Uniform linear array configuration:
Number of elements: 48
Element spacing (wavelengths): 0.25
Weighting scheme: hamming
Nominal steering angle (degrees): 30
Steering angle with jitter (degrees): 30.599
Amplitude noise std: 0.05
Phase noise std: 0.05

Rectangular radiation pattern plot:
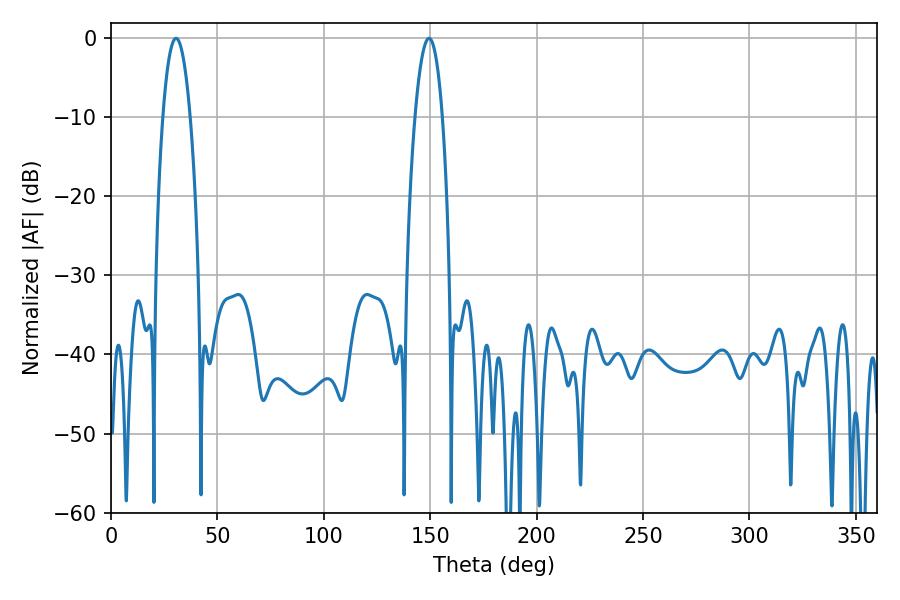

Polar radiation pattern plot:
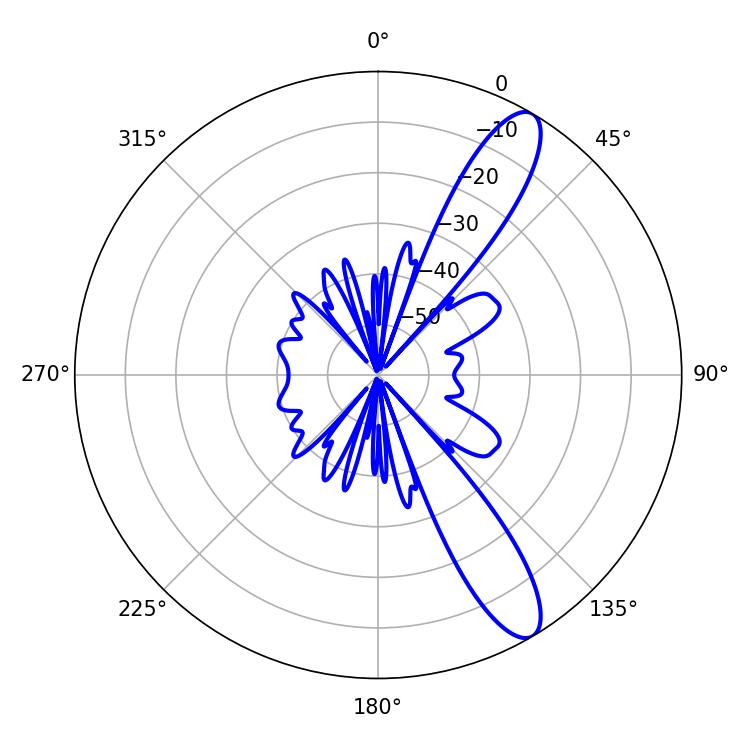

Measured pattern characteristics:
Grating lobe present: FALSE
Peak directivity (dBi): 11.67
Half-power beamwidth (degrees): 7.2
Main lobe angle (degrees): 30.6